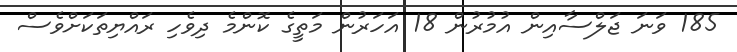
185 ވަނަ ޖަލްސާއިން އުމުރުން 18 އަހަރުން މަތީގެ ކޮންމެ ދިވެހި ރައްޔިތަކަށްވެސް